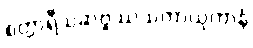
စတ္တာရီသဆဗ္ဗဿသတာယုကာနံ